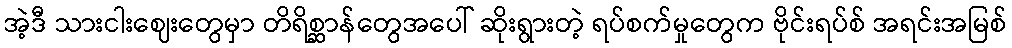
အဲ့ဒီ သားငါးဈေးတွေမှာ တိရိစ္ဆာန်တွေအပေါ် ဆိုးရွားတဲ့ ရပ်စက်မှုတွေက ဗိုင်းရပ်စ် အရင်းအမြစ်